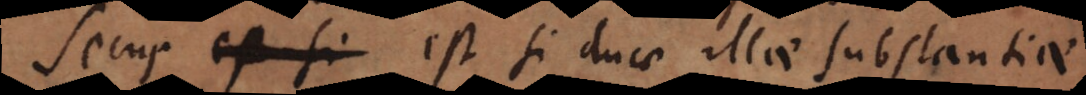
Secus est si duae illae substantiae